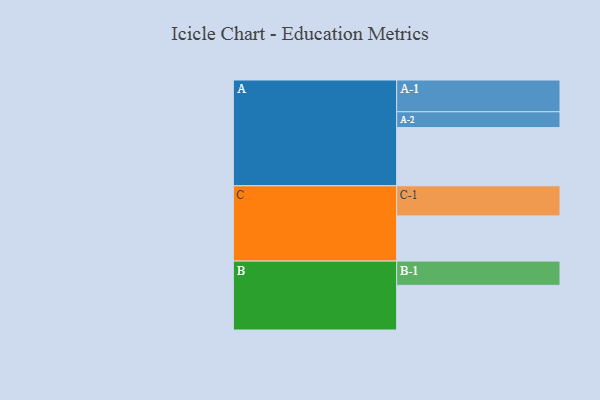
{"axis": {"x": "Segment", "y": "Value"}, "legend": ["", "A", "B", "C"], "data": [{"x": "A", "y": 519, "type": ""}, {"x": "B", "y": 398, "type": ""}, {"x": "C", "y": 403, "type": ""}, {"x": "A-1", "y": 283, "type": "A"}, {"x": "A-2", "y": 141, "type": "A"}, {"x": "B-1", "y": 216, "type": "B"}, {"x": "C-1", "y": 268, "type": "C"}]}